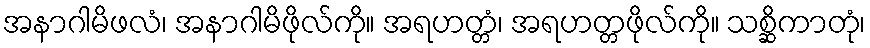
အနာဂါမိဖလံ၊ အနာဂါမိဖိုလ်ကို။ အရဟတ္တံ၊ အရဟတ္တဖိုလ်ကို။ သစ္ဆိကာတုံ၊